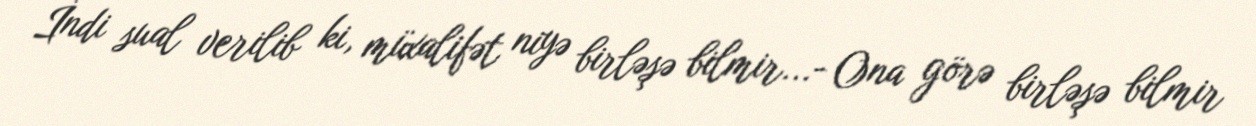
İndi sual verilib ki, müxalifət niyə birləşə bilmir...- Ona görə birləşə bilmir